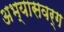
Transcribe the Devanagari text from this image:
अभ्यासवर्ग